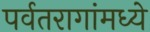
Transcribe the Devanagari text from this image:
पर्वतरागांमध्ये